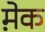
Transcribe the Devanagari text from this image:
मे़क